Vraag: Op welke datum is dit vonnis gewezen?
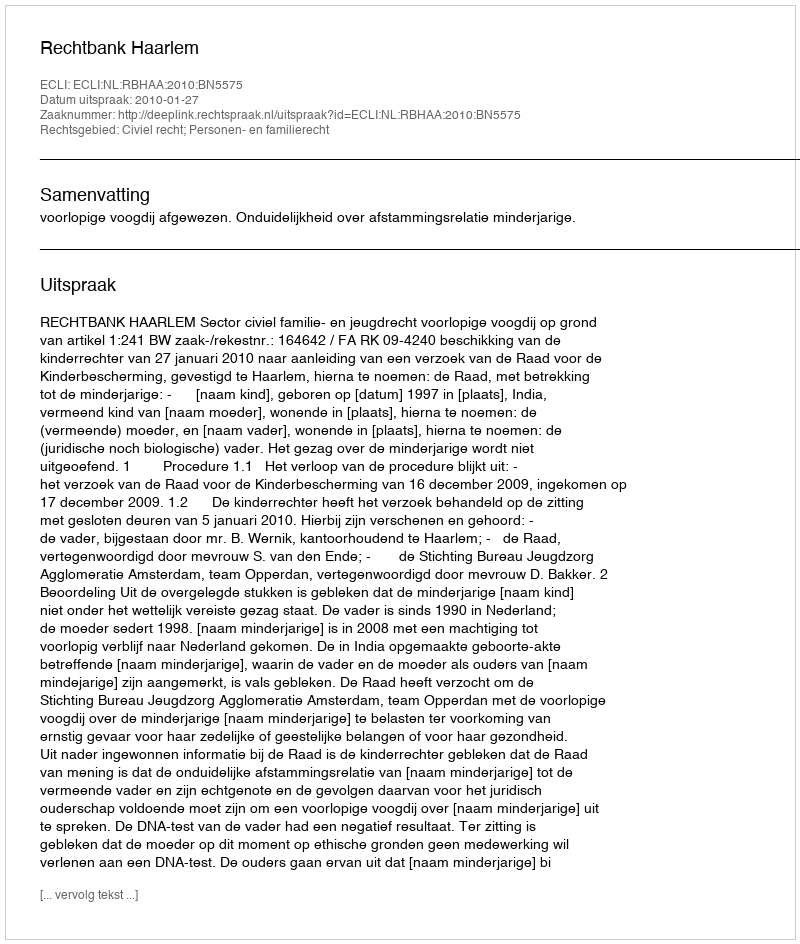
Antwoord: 2010-01-27